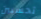
تحسبين